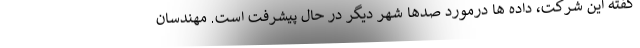
گفته این شرکت، داده ها درمورد صدها شهر دیگر در حال پیشرفت است. مهندسان